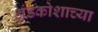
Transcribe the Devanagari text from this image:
अंडकोशाच्या